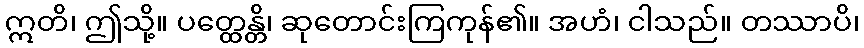
ဣတိ၊ ဤသို့။ ပတ္ထေန္တိ၊ ဆုတောင်းကြကုန်၏။ အဟံ၊ ငါသည်။ တဿာပိ၊